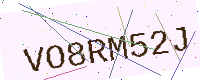
Text: VO8RM52J